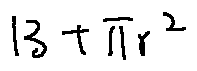
1 3 + \pi r ^ { 2 }